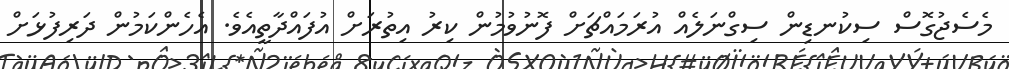
މެސެޖުގޮސް ސިކުނޑިން ސިގްނަލެއް އުރަމައްޗަށް ފޮނުވުމުން ކިރު އިތުރަށް އުފައްދާތީއެވެ. އެހެންކަމުން ދަރިފުޅަށް